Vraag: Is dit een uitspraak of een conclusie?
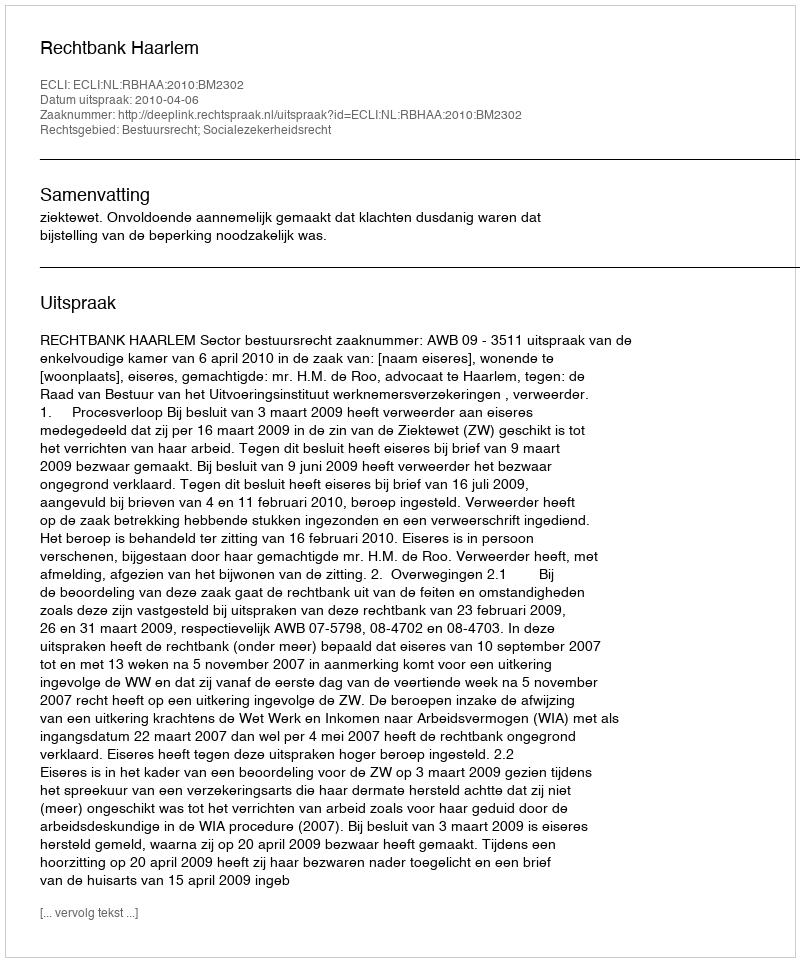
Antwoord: Uitspraak